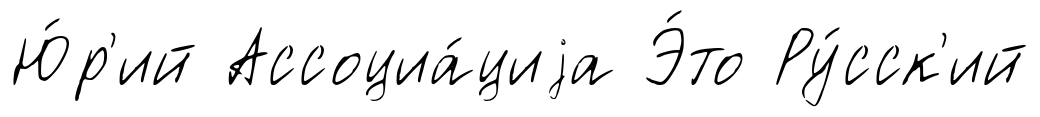
Ю́р'ий Ассоциа́циjа Э́то Ру́сск'ий